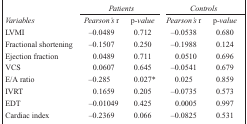
<table><thead><tr><td rowspan="2"><b><i>Variables</i></b></td><td colspan="2"><b><i>Patients</i></b></td><td colspan="2"><b><i>Controls</i></b></td></tr><tr><td><b><i>Pearson’s</i> r</b></td><td><b>p<i>-value</i></b></td><td><b><i>Pearson’s</i> r</b></td><td><b>p<i>-value</i></b></td></tr></thead><tbody><tr><td>LVMI</td><td>–0.0489</td><td>0.712</td><td>–0.0538</td><td>0.680</td></tr><tr><td>Fractional shortening</td><td>–0.1507</td><td>0.250</td><td>–0.1988</td><td>0.124</td></tr><tr><td>Ejection fraction</td><td>0.0489</td><td>0.711</td><td>0.0510</td><td>0.696</td></tr><tr><td>VCS</td><td>0.0607</td><td>0.645</td><td>–0.0541</td><td>0.679</td></tr><tr><td>E/A ratio</td><td>–0.285</td><td>0.027*</td><td>0.025</td><td>0.859</td></tr><tr><td>IVRT</td><td>0.1659</td><td>0.205</td><td>–0.0735</td><td>0.573</td></tr><tr><td>EDT</td><td>–0.01049</td><td>0.425</td><td>0.0005</td><td>0.997</td></tr><tr><td>Cardiac index</td><td>–0.2369</td><td>0.066</td><td>–0.0825</td><td>0.531</td></tr></tbody></table>